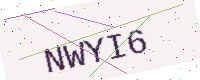
Text: NWYI6